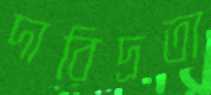
দারিদ্রতা